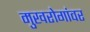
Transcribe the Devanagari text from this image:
मुखरोगांवर